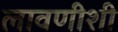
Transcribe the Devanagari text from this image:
लावणीशी